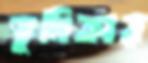
ভূমিকার